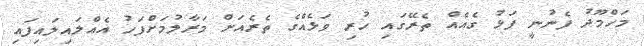
މަހްމޫދު ފެނުނީ ފަޅު ގެއެއް ތެރޭގައި ހުރި ވަޅެއްގެ ތެރެއަށް މަރާލުމަށްފަހު އެއްލައިލައިފައި